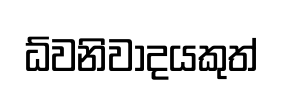
ධ්වනිවාදයකුත්